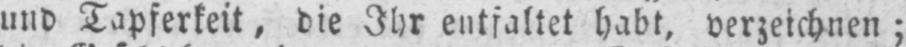
und Tapferkeit, die Ihr entfaltet habt, verzeichnen;